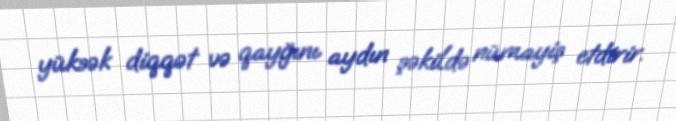
yüksək diqqət və qayğını aydın şəkildə nümayiş etdirir.